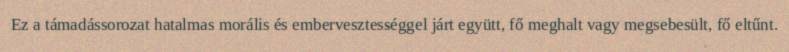
Ez a támadássorozat hatalmas morális és embervesztességgel járt együtt, fő meghalt vagy megsebesült, fő eltűnt.